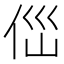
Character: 㑎